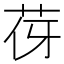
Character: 𦭿